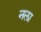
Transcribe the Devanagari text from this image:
नला